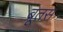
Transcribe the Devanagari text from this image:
ब्रूतस